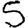
Digit: 5